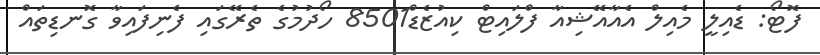
ފޮޓޯ: ޑެއިލީ މެއިލް އެއާއޭޝިއާ ފްލައިޓް ކިއުޒެޑް8501 ހޯދުމުގެ ތެރޭގައި ފެނިފައިވާ ގޮނޑިތައް